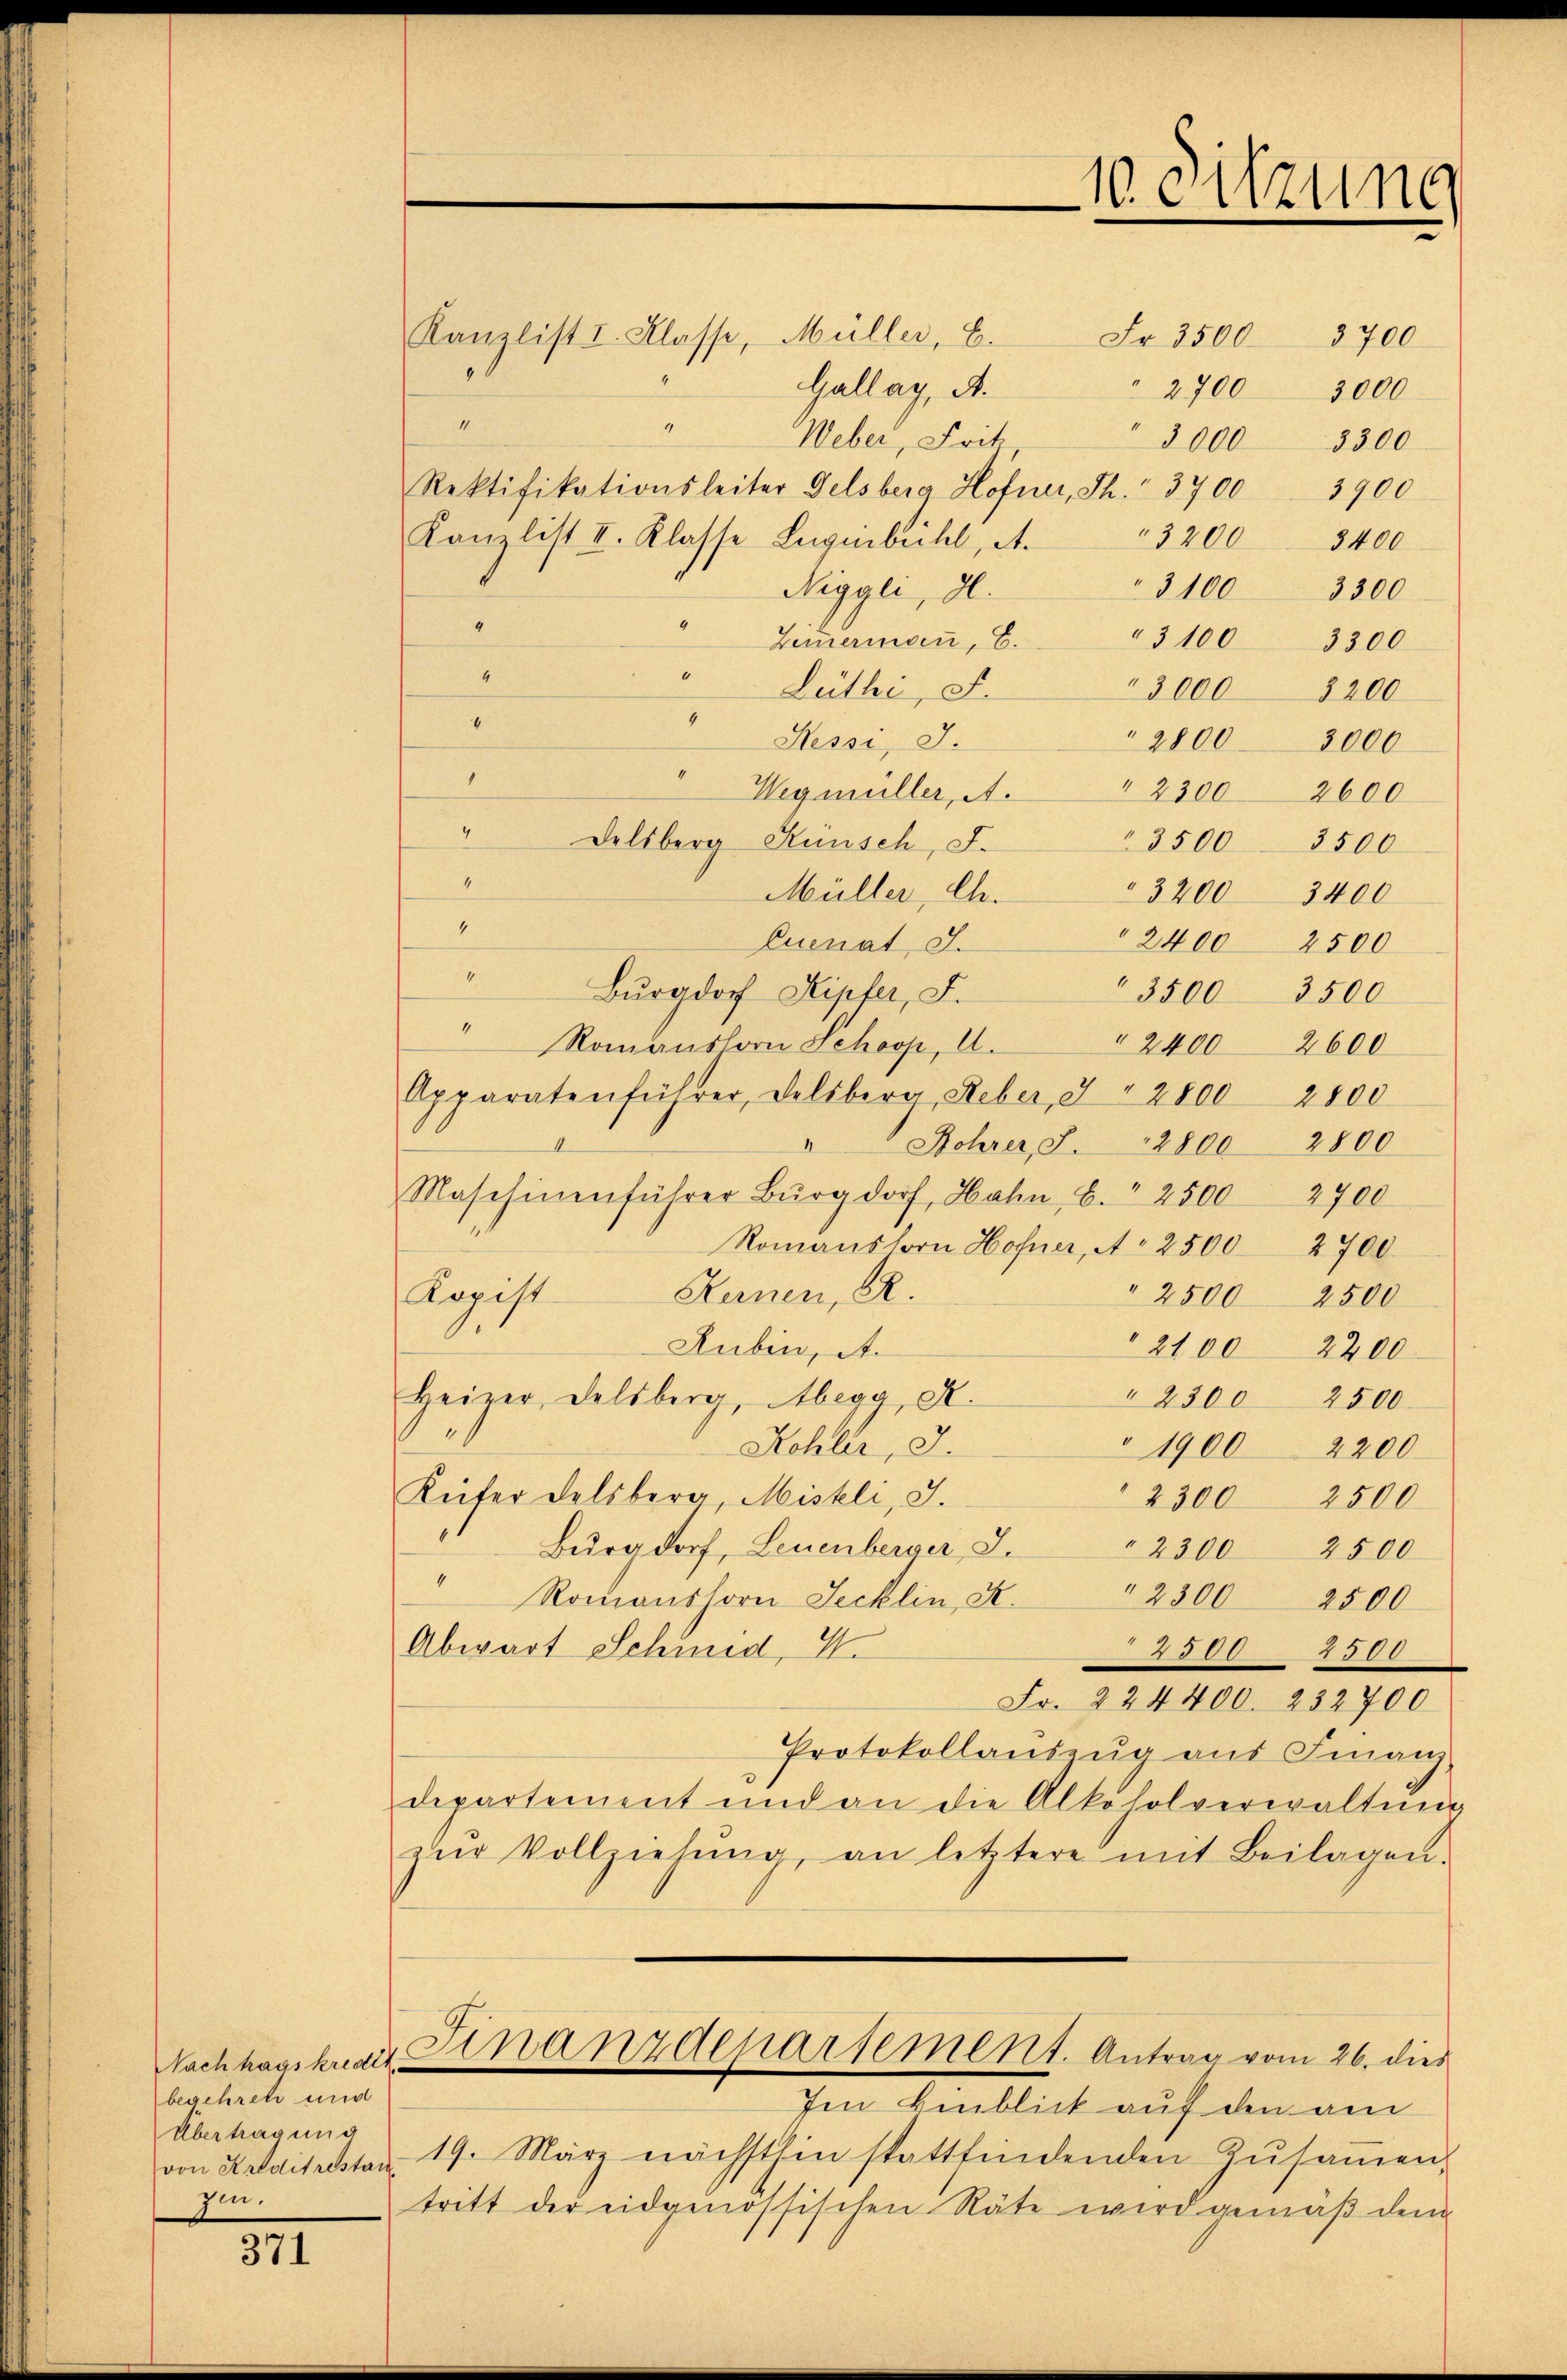
begehren und
Übertragung
von Kreditrestan
zen.

371

4

Kanzlist I. Klasse, Müller, E.
Gallag, A.
2700 3000
.
4
Weber, Frit
3000 3300
Rektifikationsleiter Felsberg Hofner, Th. 3700 3900
Kanzlist II. Klasse Luginbichl, A.
Niggli, d.
4
Zimmermann, E.
4
" Lüthi, S.
" 3000 8200
s
Hessi, I.
4
1
Wegmüller, A.
" Delsberg Künsch, F.
 3500 3500
4
Müller, Ch.
3200 3400
4
Quenat J.
6
Burgdorf Kipfer, F.
4
Romanshorn Schoop, A.
" 2400 2600
Apparatenführer, Deliberg, Feber, 3 § 2800 2800
Bohrer, S. 2800 2800
Maschinenführer Burgdorf, Hahn, b. 2500 2700
Romanshorn Hofner, A. 2500 2700
Kopist Keinen, PR.
" 2500 2500
Rubin, A.
Heizer, Delsberg, Abegg, A.
" 2300 2500
Kohler, J.
" 1900 2200
Küfer Felsberg, Mistli, I.
Burgdorf, Leuenberger J.
" 2300 2500
" Romanshorn Tecklin, K.
" 2300 2500
Abwart Schmid, 4.
2300 2500
Fr. 224400. 232700
Protokollantzŭg aŭs Finanz-
departement und an die Alkoholverwaltŭng
zŭr Vollziehŭng, an letztere mit Beilagen.
Nachhausknart Finanzdeparsement. Antrag vom 26. dies
Im Hinblick auf den am
19. März nächsthin stattfindenden Zŭsaṁen-
tritt der eidgenössischen Räte wird gemäß dem

10. Sitzung

Fr. 3500. 3700

3200 3400
3100 3300
2800  3000
" 2300 2600
" 2400 2500
" 3500 3500
2100 2200
2300 2500

" 3100 3300